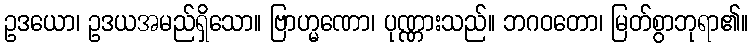
ဥဒယော၊ ဥဒယအမည်ရှိသော။ ဗြာဟ္မဏော၊ ပုဏ္ဏားသည်။ ဘဂဝတော၊ မြတ်စွာဘုရာ၏။